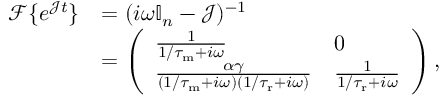
\begin{array} { r l } { \mathcal { F } \{ e ^ { \mathcal { J } t } \} } & { = ( i \omega \mathbb { I } _ { n } - \mathcal J ) ^ { - 1 } } \\ & { = \left( \begin{array} { l l } { \frac { 1 } { 1 / { \tau _ { \mathrm { m } } } + i \omega } } & { 0 } \\ { \frac { \alpha \gamma } { ( 1 / { \tau _ { \mathrm { m } } } + i \omega ) ( 1 / { \tau _ { \mathrm { r } } } + i \omega ) } } & { \frac { 1 } { 1 / { \tau _ { \mathrm { r } } } + i \omega } } \end{array} \right) , } \end{array}